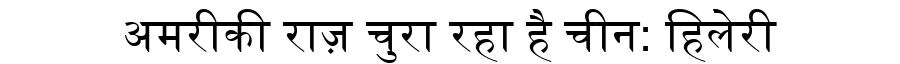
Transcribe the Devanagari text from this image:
अमरीकी राज़ चुरा रहा है चीन: हिलेरी